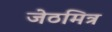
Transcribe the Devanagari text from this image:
जेठमित्र